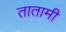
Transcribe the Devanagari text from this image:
तातामी